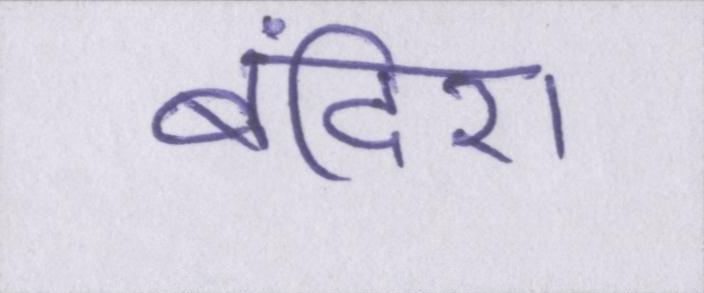
बंदिश